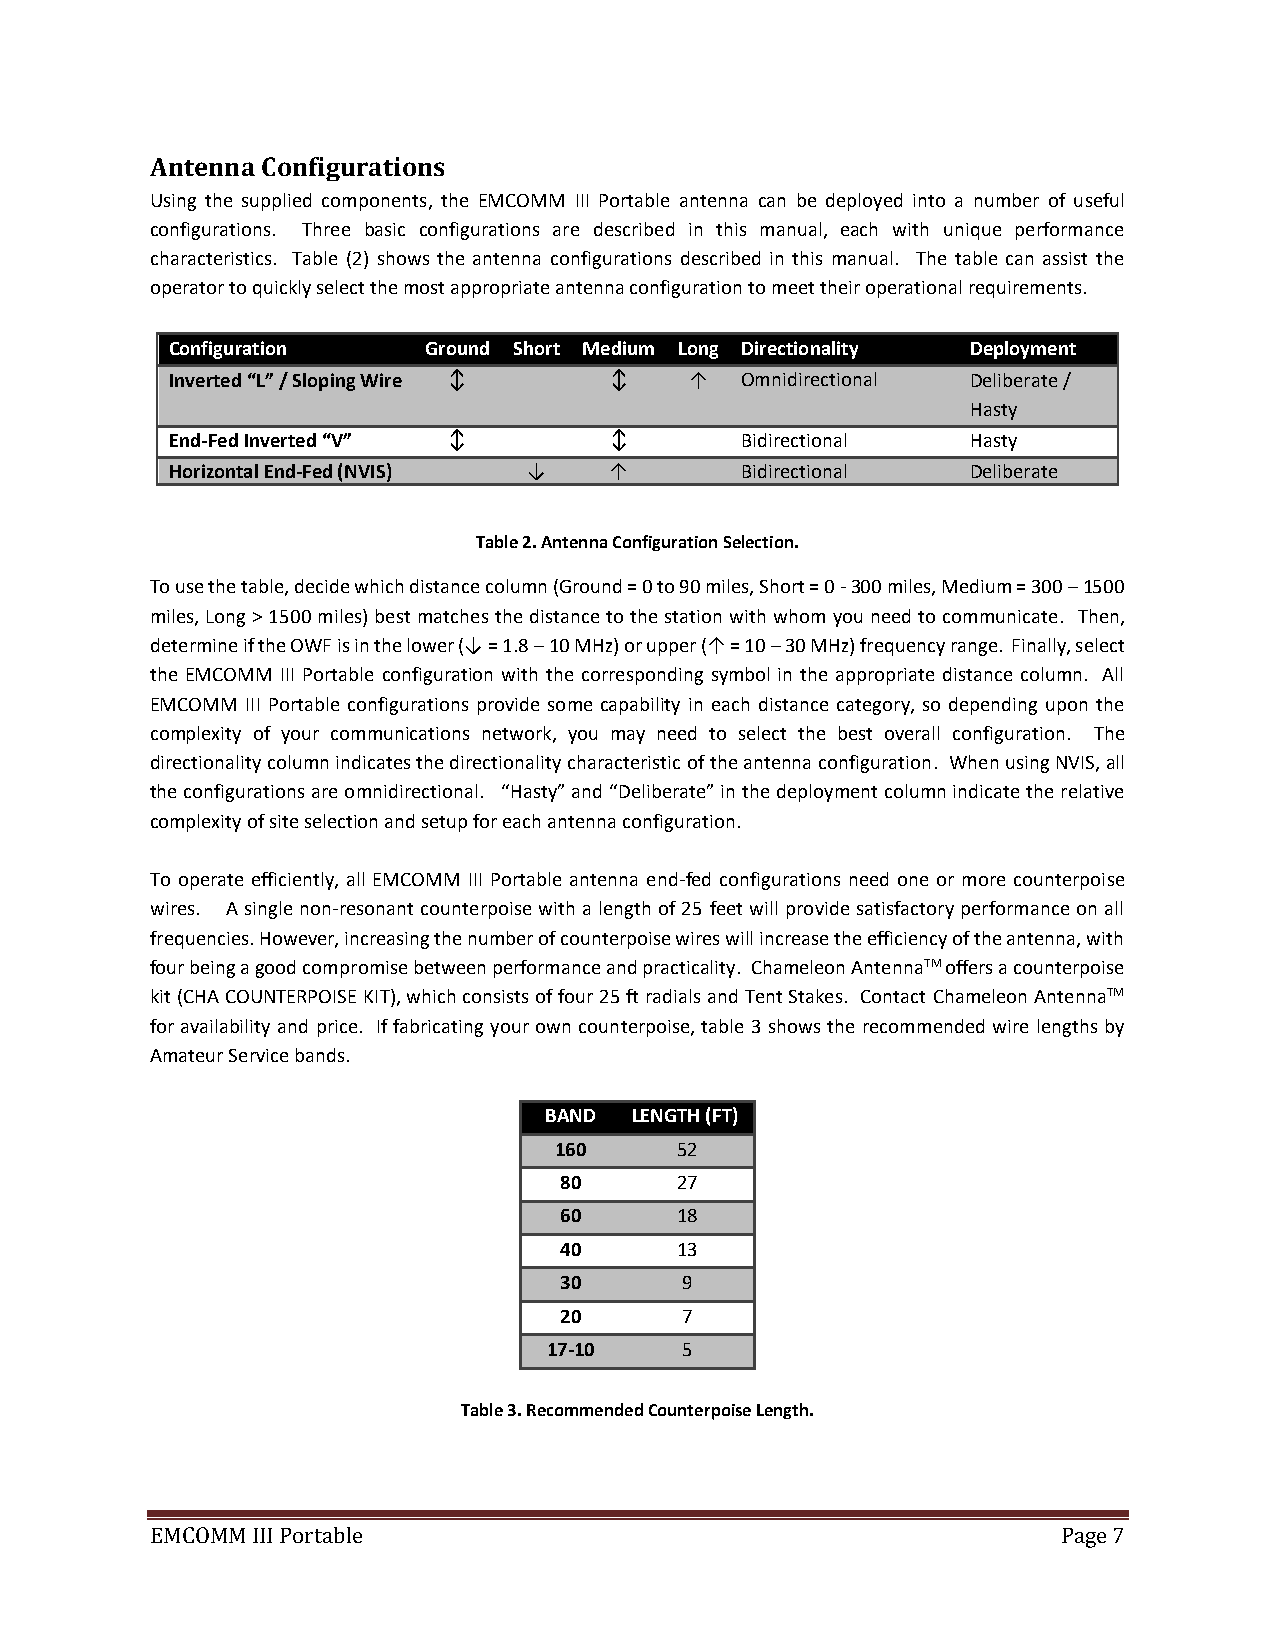
Antenna Configurations
 Using the supplied components, the EMCOMM III Portable antenna can be deployed into a number of useful
 configurations. Three basic configurations are described in this manual, each with unique performance
 characteristics. Table (2) shows the antenna configurations described in this manual. The table can assist the
 operator to quickly select the most appropriate antenna configuration to meet their operational requirements.
 Configuration    Ground Short Medium Long Directionality Deployment
 Inverted “L” / Sloping Wire ↕ ↕    ↑  Omnidirectional Deliberate /
 Hasty
 End-Fed Inverted “V” ↕       ↕        Bidirectional  Hasty
 Horizontal End-Fed (NVIS) ↓  ↑        Bidirectional  Deliberate
 Table 2. Antenna Configuration Selection.
 To use the table, decide which distance column (Ground = 0 to 90 miles, Short = 0 - 300 miles, Medium = 300 – 1500
 miles, Long > 1500 miles) best matches the distance to the station with whom you need to communicate. Then,
 determine if the OWF is in the lower (↓ = 1.8 – 10 MHz) or upper (↑ = 10 – 30 MHz) frequency range. Finally, select
 the EMCOMM III Portable configuration with the corresponding symbol in the appropriate distance column. All
 EMCOMM III Portable configurations provide some capability in each distance category, so depending upon the
 complexity of your communications network, you may need to select the best overall configuration. The
 directionality column indicates the directionality characteristic of the antenna configuration. When using NVIS, all
 the configurations are omnidirectional. “Hasty” and “Deliberate” in the deployment column indicate the relative
 complexity of site selection and setup for each antenna configuration.
 To operate efficiently, all EMCOMM III Portable antenna end-fed configurations need one or more counterpoise
 wires. A single non-resonant counterpoise with a length of 25 feet will provide satisfactory performance on all
 frequencies. However, increasing the number of counterpoise wires will increase the efficiency of the antenna, with
 four being a good compromise between performance and practicality. Chameleon AntennaTM offers a counterpoise
 kit (CHA COUNTERPOISE KIT), which consists of four 25 ft radials and Tent Stakes. Contact Chameleon AntennaTM
 for availability and price. If fabricating your own counterpoise, table 3 shows the recommended wire lengths by
 Amateur Service bands.
 BAND  LENGTH (FT)
 160     52
 80      27
 60      18
 40      13
 30      9
 20      7
 17-10    5
 Table 3. Recommended Counterpoise Length.
 EMCOMM III Portable                                         Page 7